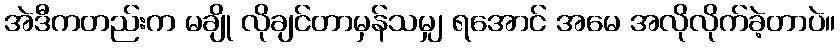
အဲဒီကတည်းက မချို လိုချင်တာမှန်သမျှ ရအောင် အမေ အလိုလိုက်ခဲ့တာပဲ။